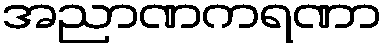
အညာဏကရဏာ